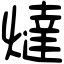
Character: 燵